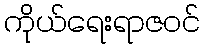
ကိုယ်ရေးရာဇဝင်